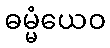
ဓမ္မံယေဝ